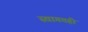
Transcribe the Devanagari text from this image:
स्वागतही